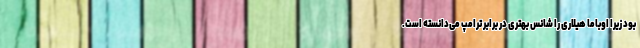
بود زیرا اوباما هیلاری را شانس بهتری در برابر ترامپ می‌دانسته است.